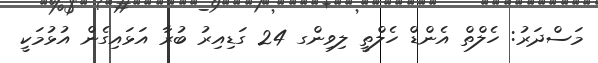
މަސްދަރު: ހެލްތް އެންޑް ހެލްތީ ލިވިންގ 24 ގަޑިއިރު ބުރާ އަޅައިގެން އުޅުމަކީ